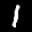
Label: 1